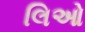
લિઓ